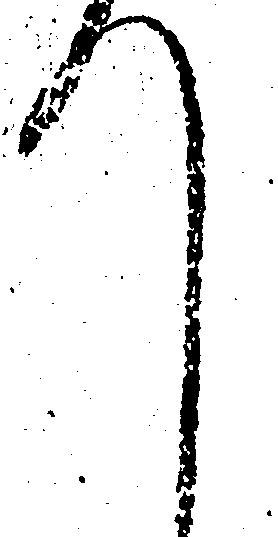
て